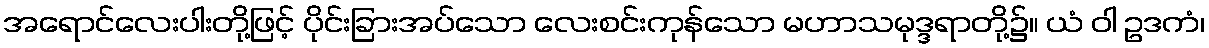
အရောင်လေးပါးတို့ဖြင့် ပိုင်းခြားအပ်သော လေးစင်းကုန်သော မဟာသမုဒ္ဒရာတို့၌။ ယံ ဝါ ဥဒကံ၊